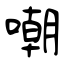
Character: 嘲